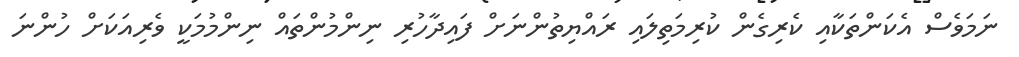
ނަމަވެސް އެކަންތަކާއި ކެރިގެން ކުރިމަތިލައި ރައްޔިތުންނަށް ފައިދާހުރި ނިންމުންތައް ނިންމުމަކީ ވެރިއަަކަށް ހުންނަ